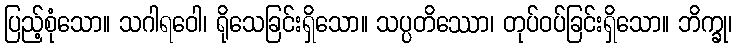
ပြည့်စုံသော။ သဂါရဝေါ၊ ရိုသေခြင်းရှိသော။ သပ္ပတိဿော၊ တုပ်ဝပ်ခြင်းရှိသော။ ဘိက္ခု၊